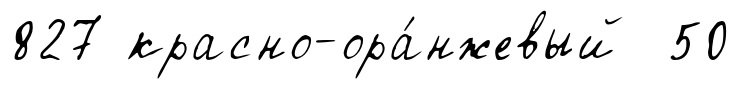
827 красно-ора́нжевый 50